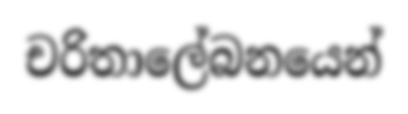
චරිතාලේබනයෙන්